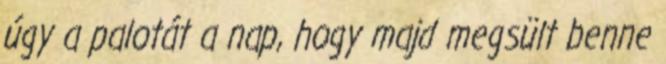
úgy a palotát a nap, hogy majd megsült benne